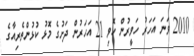
2010 ވަނަ އަހަރު ހަވީރުން ހޮވި 21 އަހަރުން ދަށުގެ މޮޅު ކުޅުންތެރިއާގެ